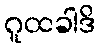
ဂူထခါဒိ